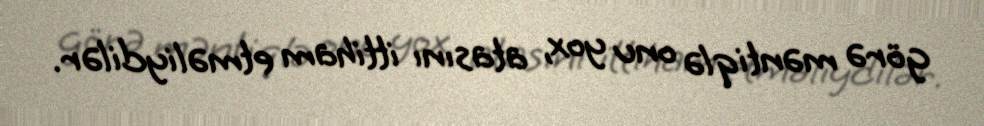
görə məntiqlə onu yox, atasını ittiham etməliydilər.